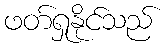
ဖတ်ရှုနိုင်သည်